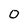
Character: 0